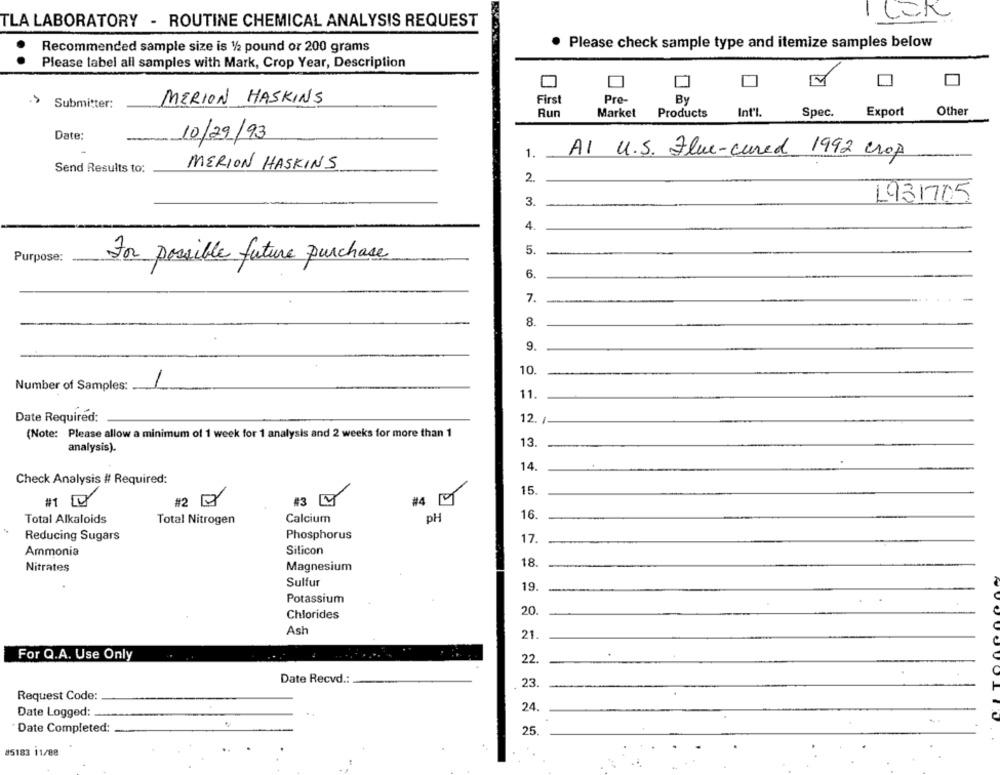
CER
TLA LABORATORY - ROUTINE CHEMICAL ANALYSIS REQUEST
· Please check sample type and itemize samples below
Recommended sample size is 1/2 pound or 200 grams
Please label all samples with Mark, Crop Year, Description
MERION HASKINS
First
Pre-
By
.> Submitter:
Run
Market
Products
Int'l
Spec.
Export
Other
Date:
10/29/93
1.
AI U.S. Flue-cured 1992 crop
Send Results to:
MERION HASKINS
2.
3.
1931705
4.
5.
Purpose:
For possible future purchase
6.
7
8.
9.
10.
Number of Samples:
11.
Date Required:
12. /
(Note: Please allow a minimum of 1 week for 1 analysis and 2 weeks for more than 1
13.
analysis).
14.
Check Analysis # Required:
15.
#1 0
#2 D
#3 4
#4
Total Alkaloids
Total Nitrogen
Calcium
pH
16.
Reducing Sugars
Phosphorus
17.
Silicon
Ammonia
Nitrates
Magnesium
18.
Sulfur
19.
Potassium
20.
Chlorides
Ash
21.
TO
For Q.A. Use Only
22.
Date Recvd .:
23.
Request Code:
Date Logged:
24.
Date Completed:
25.
#5183 11/88